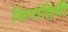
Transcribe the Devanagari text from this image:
सिपाहियोँ